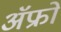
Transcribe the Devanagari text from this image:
ॲफ्रो